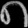
Digit: ၈